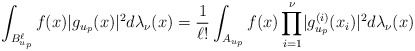
\begin{align*}\int_{B_{u_p}^{\ell}} f(x) \lvert g_{u_p}(x)\lvert^2d\lambda_\nu(x)=\frac{1}{\ell!} \int_{A_{u_p}} f(x) \prod_{i=1}^\nu \lvert g_{u_p}^{(i)}(x_i)\lvert^2 d\lambda_\nu(x)\end{align*}